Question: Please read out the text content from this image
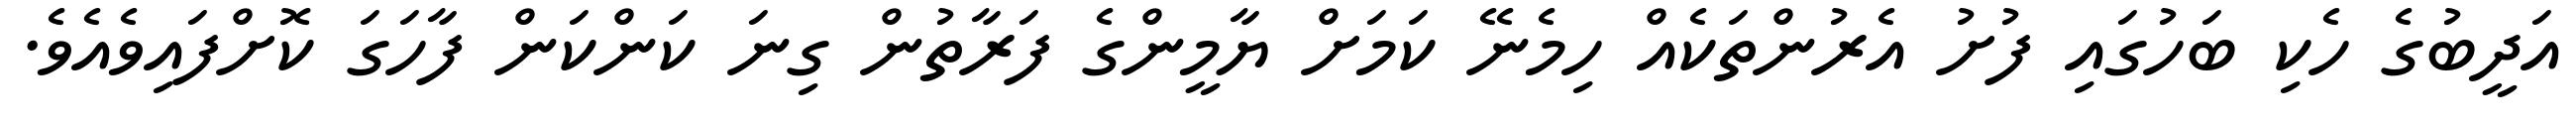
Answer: އަދީބުގެ ހެކި ބަހުގައި ފުށު އެރުންތަކެއް ހިމެނޭ ކަމަށް ޔާމީންގެ ފަރާތުން ގިނަ ކަންކަން ފާހަގަ ކޮށްފައިވެއެވެ.